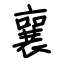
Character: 襄